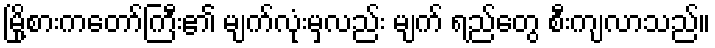
မြို့စားကတော်ကြီး၏ မျက်လုံးမှလည်း မျက် ရည်တွေ စီးကျလာသည်။